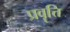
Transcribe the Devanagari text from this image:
प्रवॄत्ति